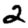
Digit: 2